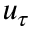
u _ { \tau }